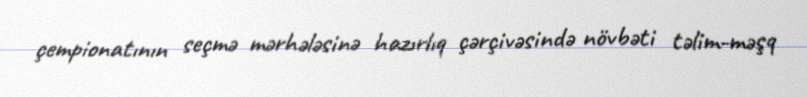
çempionatının seçmə mərhələsinə hazırlıq çərçivəsində növbəti təlim-məşq